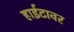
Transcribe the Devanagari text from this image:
हाईटावर